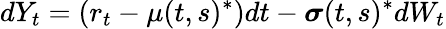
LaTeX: dY_{t}=\left(r_{t}-\mu(t,s)^{*}\right)dt-{\boldsymbol{\sigma}}(t,s)^{*}dW_{t}